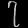
Digit: ၇